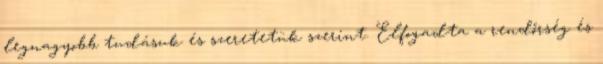
legnagyobb tudásuk és szeretetük szerint. Elfogadta a rendőrség és